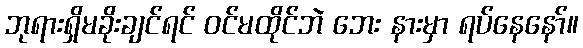
ဘုရားရှိမခိုးချင်ရင် ဝင်မထိုင်ဘဲ ဘေး နားမှာ ရပ်နေနော်။